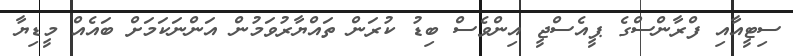
ސިޓީއާއި ފްރާންސްގެ ޕީއެސްޖީ އިންވެސް ބިޑު ކުރަން ތައްޔާރުވަމުން އަންނަކަމަށް ބައެއް މީޑިޔާ